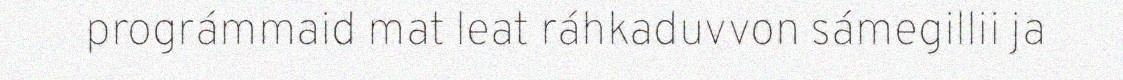
prográmmaid mat leat ráhkaduvvon sámegillii ja